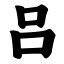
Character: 吕